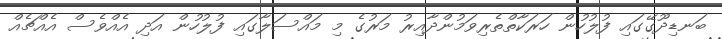
ބަނޑިދޫގޭގައި ފުލުހުން ހަރަކާތްތެރިވަމުންދާއިރު މަރުގެ މި މައްސަލާގައި ފުލުހުން އަދި އެއްވެސް އެއްޗެއް